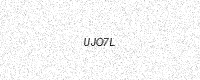
Text: UJO7L